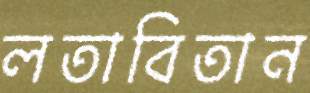
লতাবিতান